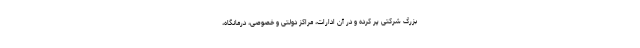
بزرگ شرکتی پر کرده و در آن ادارات، مراکز دولتی و خصوصی، درمانگاه،